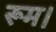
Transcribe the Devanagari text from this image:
रूम।